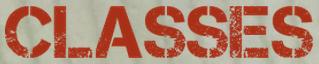
CLASSES